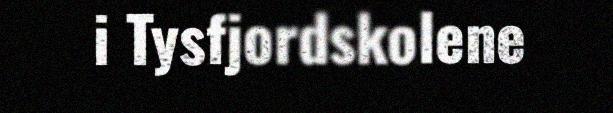
i Tysfjordskolene